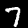
Label: 7